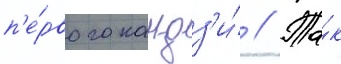
п'е́рвого кандз'и́ // Та́к